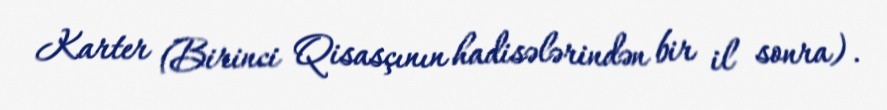
Karter (Birinci Qisasçının hadisələrindən bir il sonra).